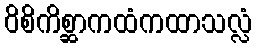
ဝိစိကိစ္ဆာကထံကထာသလ္လံ